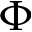
\Phi